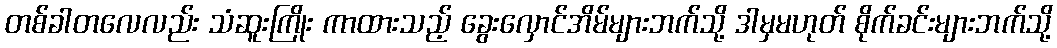
တစ်ခါတလေလည်း သံဆူးကြိုး ကာထားသည့် ခွေးလှောင်အိမ်များဘက်သို့ ဒါမှမဟုတ် စိုက်ခင်းများဘက်သို့